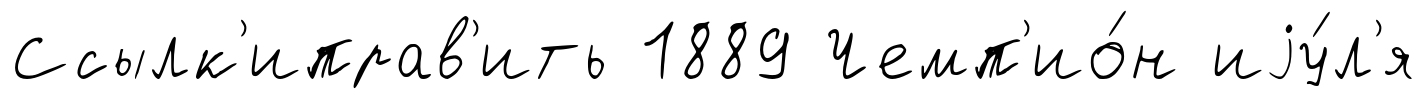
Ссылк'иправ'ить 1889 Чемп'ио́н иjу́л'я